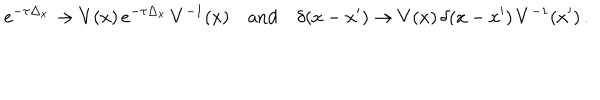
e ^ { - \tau \Delta _ { x } } \to V ( x ) \, e ^ { - \tau \Delta _ { x } } \, V ^ { - 1 } ( x ) \quad \mathrm { a n d } \quad \delta ( x - x ^ { \prime } ) \to V ( x ) \, \delta ( x - x ^ { \prime } ) \, V ^ { - 1 } ( x ^ { \prime } ) \, .